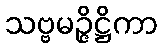
သဗ္ဗမဉ္ဇိဋ္ဌိကာ